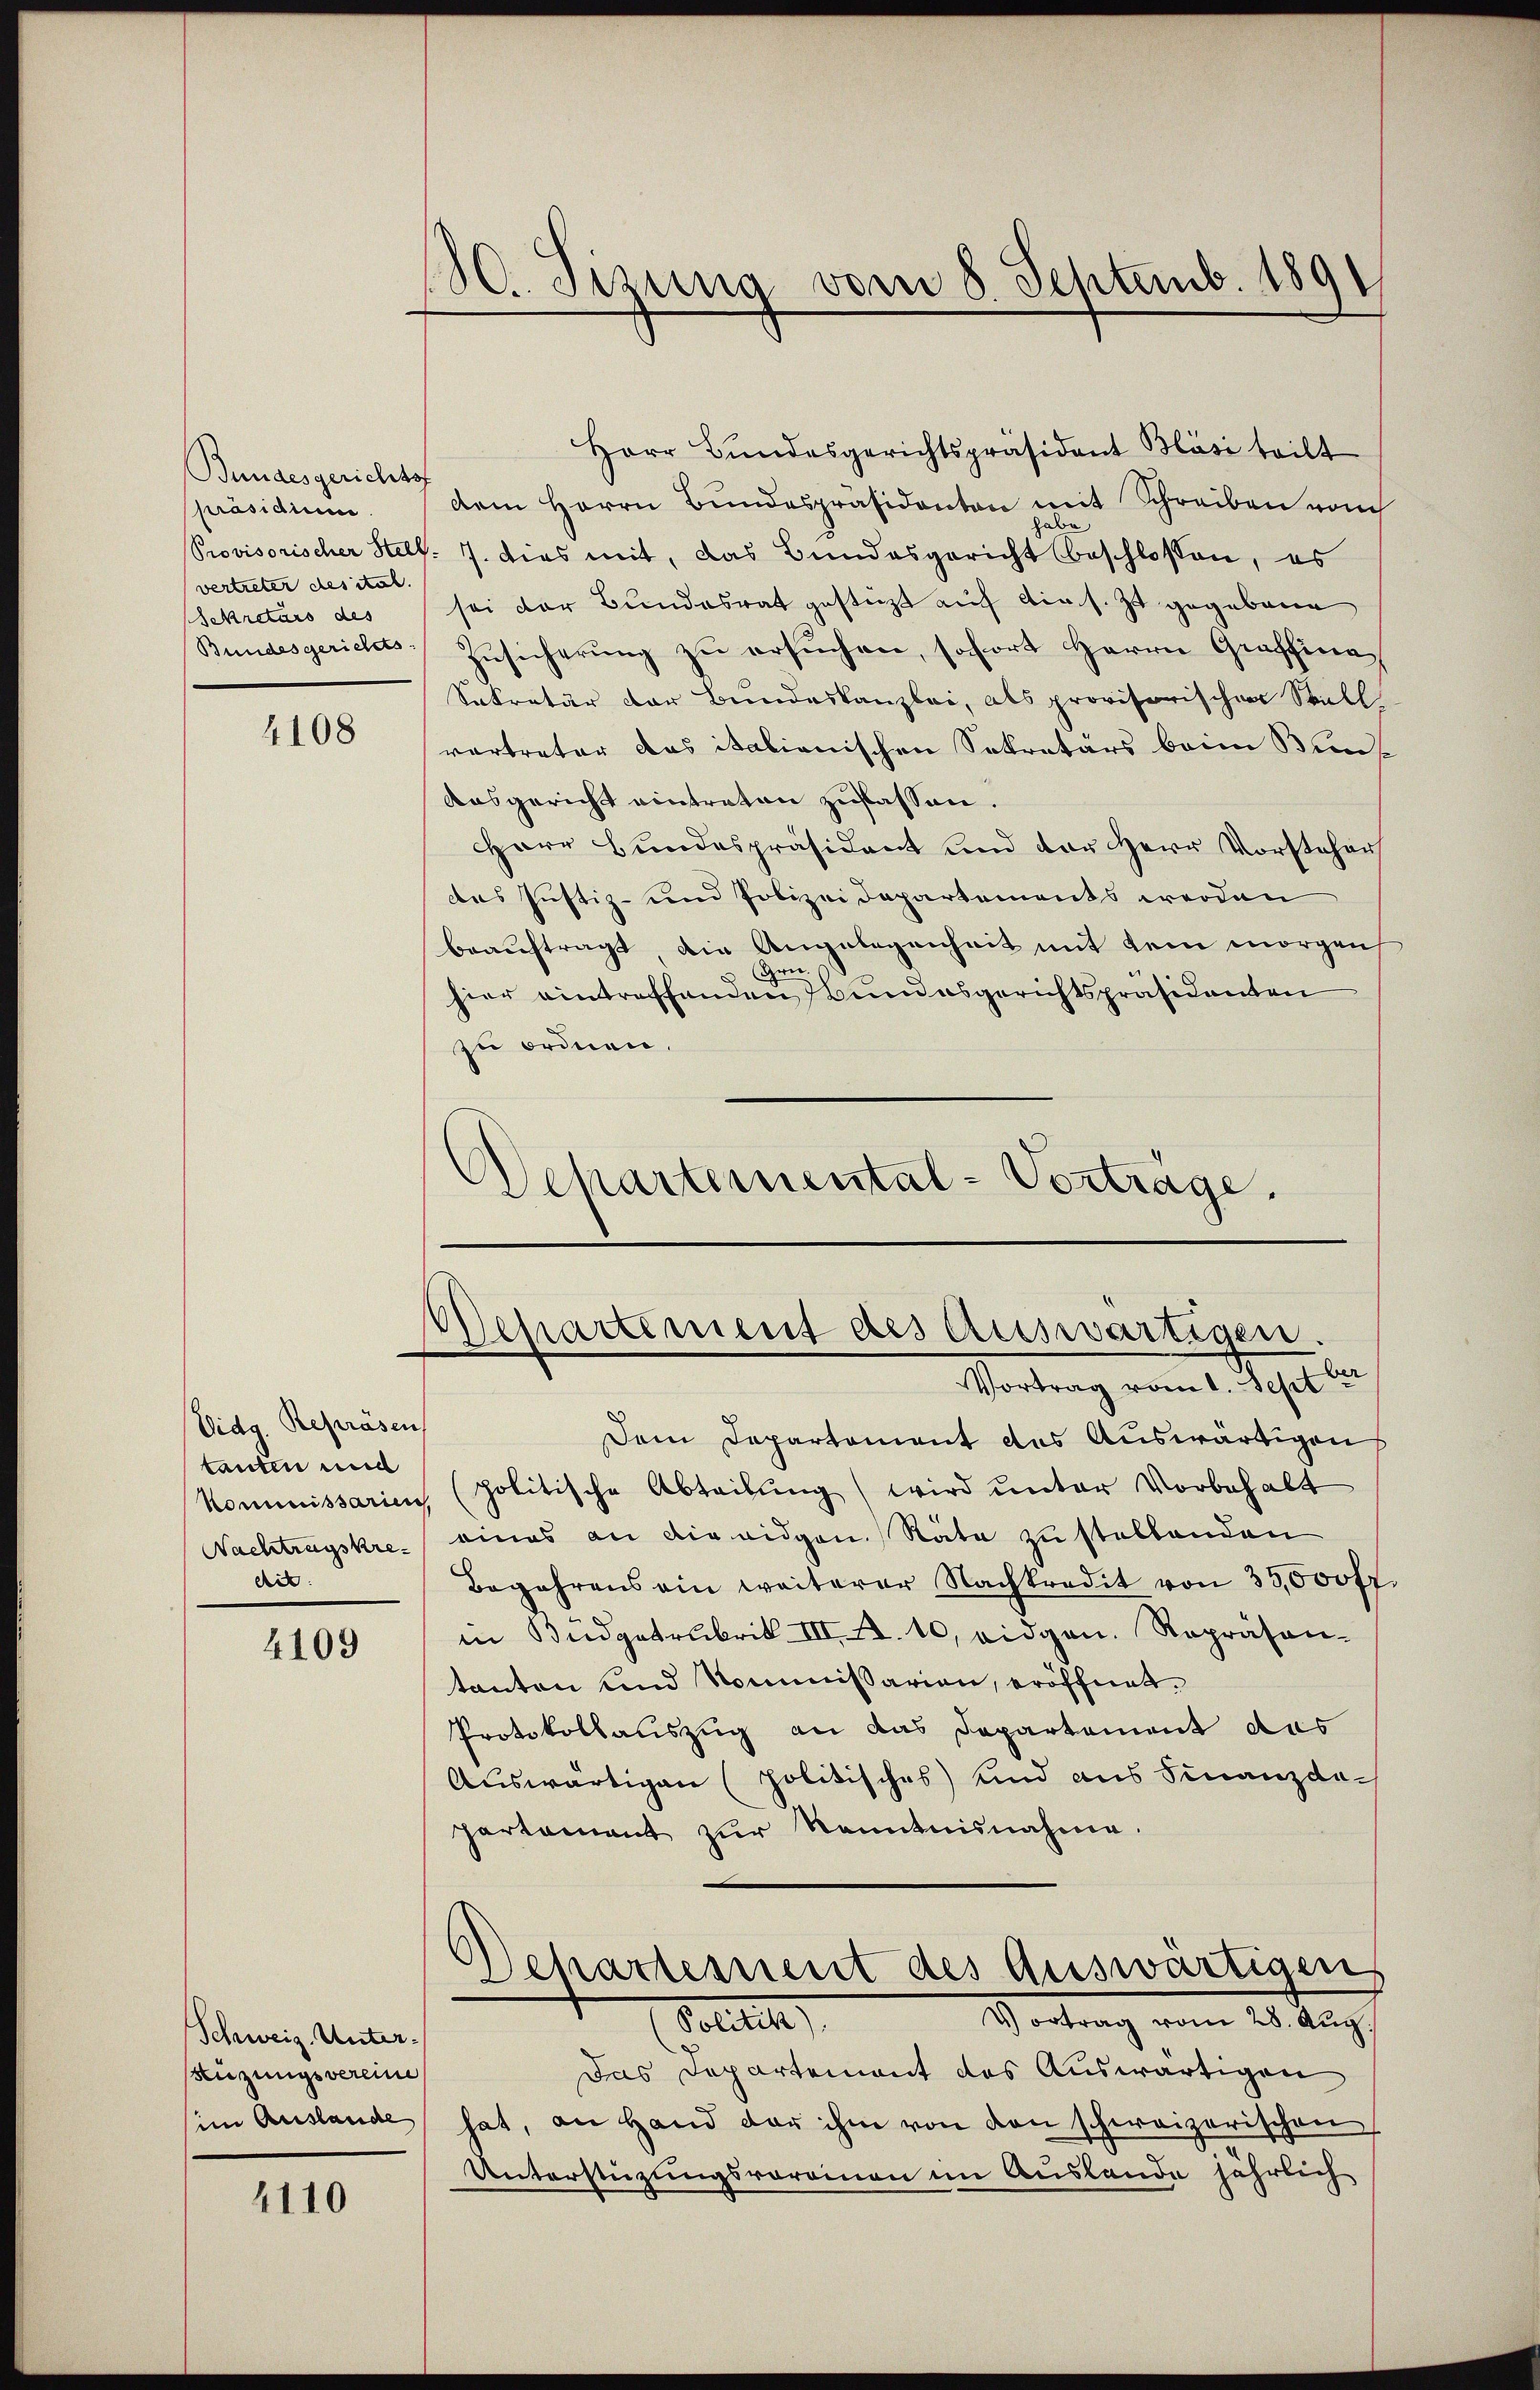
Bundesgerichts
präsidium.
Provisorischer Stell
vertreter des ital.
Sekretärs des
Bundesgerichts

4108

Vidg. Repräsen
tanten und
Kommissarien
Nachtragskredit:

4109

Schweiz. Unter¬
Rüzungsvereine
(im Auslande

4110

30. Sizung vom 8. Septemb. 1891

Herr Bundesgerichtspräsident Bläsi teilt
dem Herrn Bŭndespräsidenten mit Schreiben vom
habe
/7. dies mit, das Bundesgericht beschlossen, es
sei der Bundesrat gestützt auf die s. zu gegebene
Zusicherung zu ersuchen, sofort Herrn Graffina
Sekretär der Bundeskanzlei, als provisorischen Still
vertreter das italienischen Sekretärs beim Bunde
Ausgericht eintreten zufassen.
Herr Hundespräsident und der Herr Vorsteher
das Justiz- und Polizeidepartements werden
beauftragt die Angelegenheit mit dem morgen
Gen.
hier eintreffenden Bundesgerichtspräsidenten
zu ordnen.
Wehartemental-Vorträge,

Departement des Auswärtigen.
Vortrag vom 1. Sept 182

Dem Departement des Auswärtigen
politische Abtribung (wird ŭnter Vorbehalt
eines an die eidgen. Räte zu stellenden
Begehrens ein weiterer Nachkredit von 35,000 fr
in Büdgetrubrik III S. 10, eidgen. Repräsen-
tanten und Kommissarion, eröffnet.
Protokollauszug an das Departement das
Auswärtigen (politisches) und aus Finanzdepartament zŭr Kenntnisnahme.
Departement des Auswärtigen
Vertrag vom 28. Aug.
Politik,
Das Departement des Auswärtigen
hat, an Hand der ihm von den schweizerischen
Unterstüzungsvoreinen im Auslande jährlich